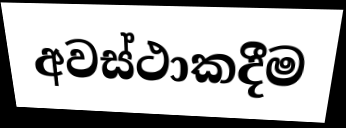
අවස්ථාකදීම